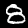
Label: 8